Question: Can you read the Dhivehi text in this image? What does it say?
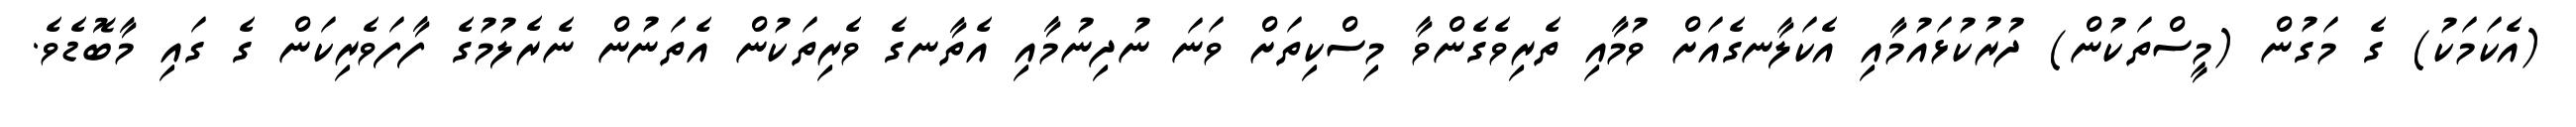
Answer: (އެކަމަކު) ގެ މަގުން (މީސްތަކުން) ދުރުކުޅައުމާއި އެކަލާނގެއަށް ވުމާއި ތެރިވެގެންވާ މިސްކިތަށް ވަނަ ނުދިނުމާއި އެތާނގެ ވެރިތަކުން އެތަނުން ނެރެލުމުގެ ފާފަވެރިކަން ގެ ގައި މާބޮޑެވެ.